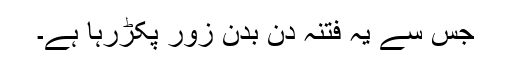
جس سے یہ فتنہ دن بدن زور پکڑرہا ہے۔